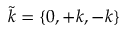
\tilde { k } = \{ 0 , + k , - k \}